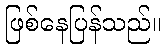
ဖြစ်နေပြန်သည်။